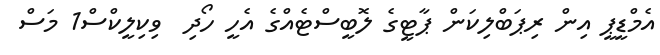
އެމްޑީޕީ އިން ރިޕަބްލިކަން ޕާޓީގެ ލޮބީސްޓެއްގެ އެހީ ހޯދި  ވިކިލީކްސް1 މަސް